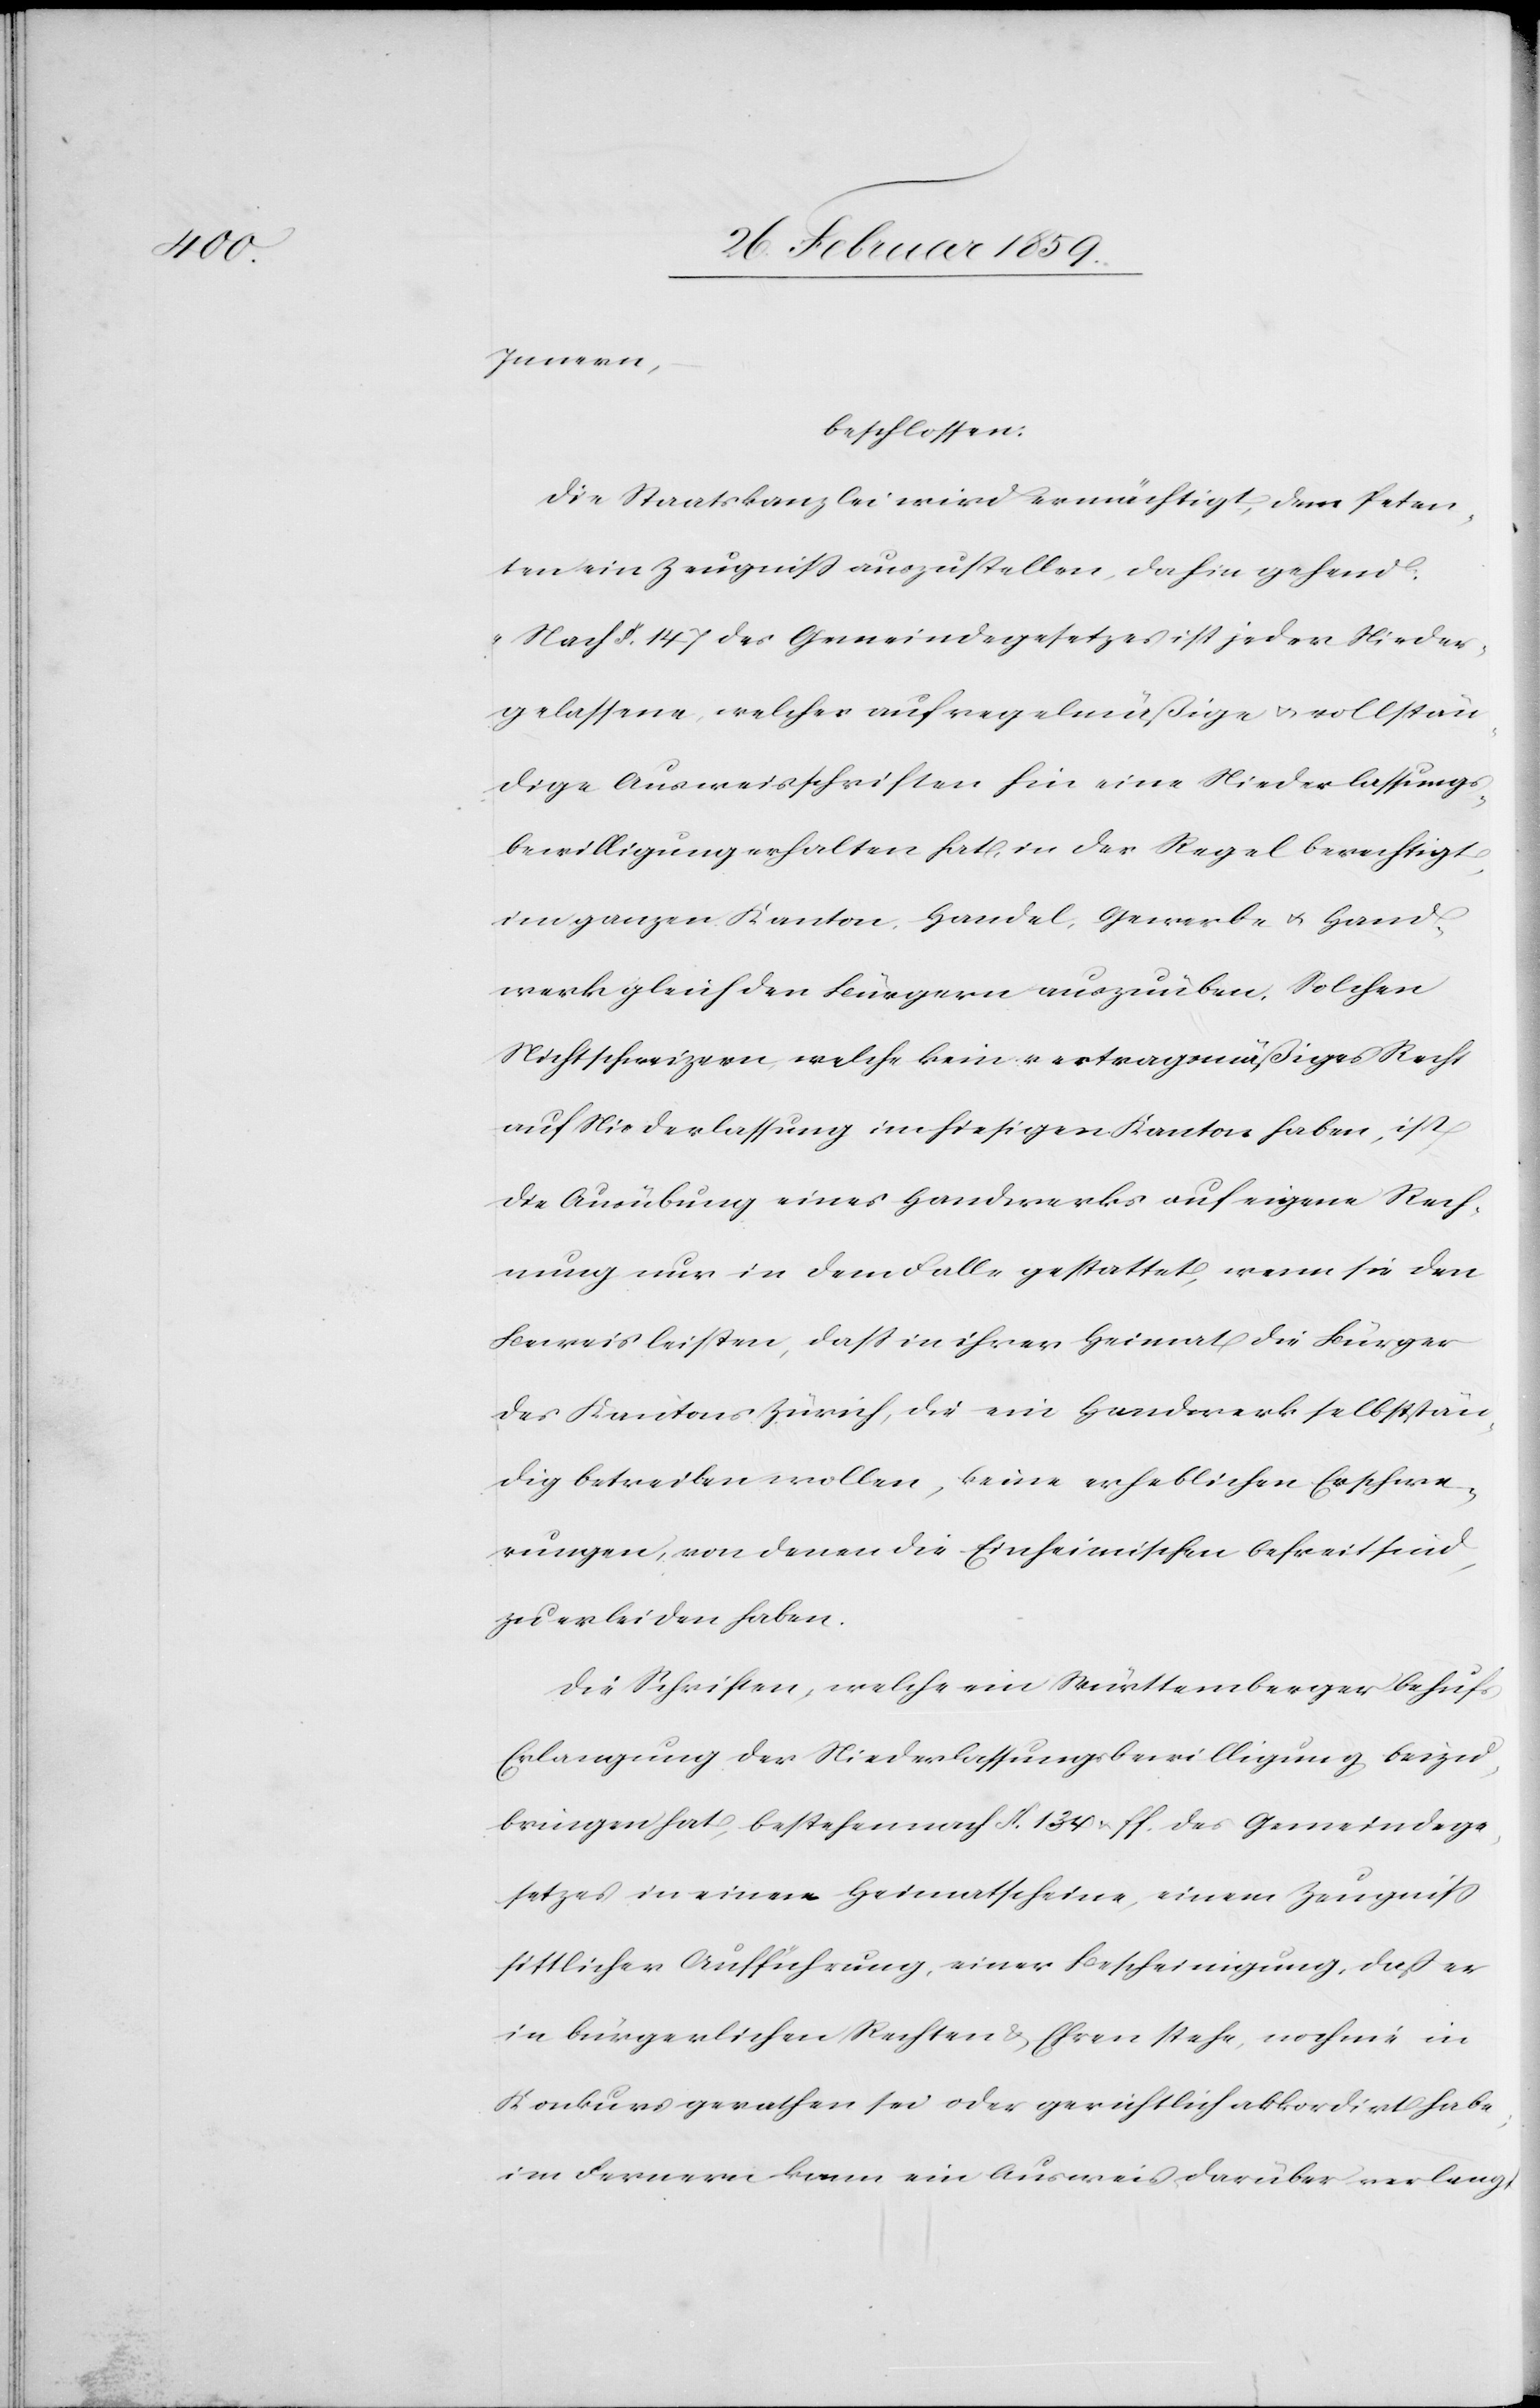
Innern,
beschlossen:
Die Staatskanzlei wird ermächtigt, dem Peten¬
ten ein Zeugniß auszustellen, dahin gehend:
„Nach §. 147 des Gemeindegesetzes ist jeder Nieder¬
gelassene, welcher auf regelmäßige u. vollstän¬
dige Ausweisschriften hin eine Niederlassungs¬
bewilligung hat, in der Regel berechtigt,
im ganzen Kanton Handel, Gewerbe u. Hand¬
werk gleich den Bürgern auszuüben. Solchen
Nichtschweizern, welche kein vertragmäßiges Recht
auf Niederlassung im hiesigen Kanton haben, ist
die Ausübung eines Handwerks auf eigene Rech¬
nung nur in dem Falle gestattet, wenn sie den
Beweis leisten, daß in ihrer Heimat die Bürger
des Kantons Zürich, die ein Handwerk selbststän¬
dig betreiben wollen, keine erheblichen Erschwe¬
rungen, von denen die Einheimischen befreit sind,
zu erleiden haben.[“]
Die Schriften, welche ein Württemberger behufs
Erlangung der Niederlassungsbewilligung beizu¬
bringen hat, bestehen nach §. 134 & ff. des Gemeindege¬
setzes in einem Heimatschein, einem Zeugniß
sittlicher Aufführung, einer Bescheinigung, daß er
in bürgerlichen Rechten & Ehren stehe, noch nie in
Konkurs gerathen sei oder gerichtlich akkordirt habe;
im Fernern kann ein Ausweis darüber verlangt